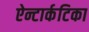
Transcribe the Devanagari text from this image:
ऐन्टार्कटिका